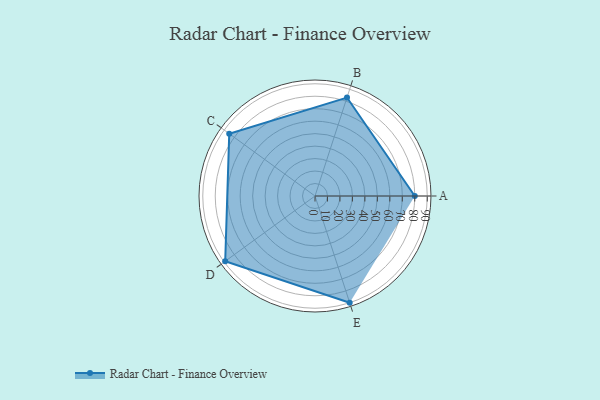
{"axis": {"x": "Skill", "y": "Score"}, "legend": ["Profile"], "data": [{"x": "A", "y": 80.0, "type": "Profile"}, {"x": "B", "y": 83.0, "type": "Profile"}, {"x": "C", "y": 85.0, "type": "Profile"}, {"x": "D", "y": 89.0, "type": "Profile"}, {"x": "E", "y": 90.0, "type": "Profile"}]}